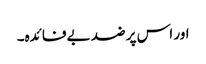
اور اس پر ضد بےفائدہ۔